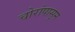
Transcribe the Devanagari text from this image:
चोरांपासून